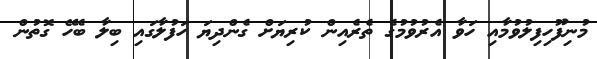
މުނިފޫހިފިލުވުމާއި ހަވާ އެރުވުމުގެ ތެރެއިން ކުރިޔަށް ގެންދިޔަ ހަފުލާގައި ބިލާ ބެހޭ ގޮތުން